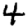
Digit: 4